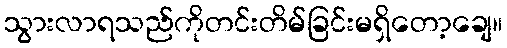
သွားလာရသည်ကိုတင်းတိမ်ခြင်းမရှိတော့ချေ။